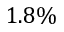
1 . 8 \%